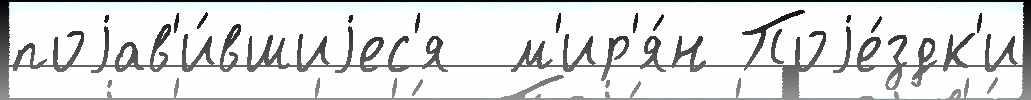
поjав'и́вшиjес'я  м'ир'я́н Поjе́здк'и